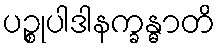
ပဉ္စုပါဒါနက္ခန္ဓာတိ